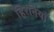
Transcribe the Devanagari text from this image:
हिरनियाँ